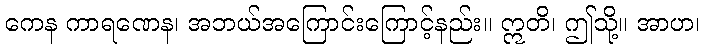
ကေန ကာရဏေန၊ အဘယ်အကြောင်းကြောင့်နည်း။ ဣတိ၊ ဤသို့။ အာဟ၊